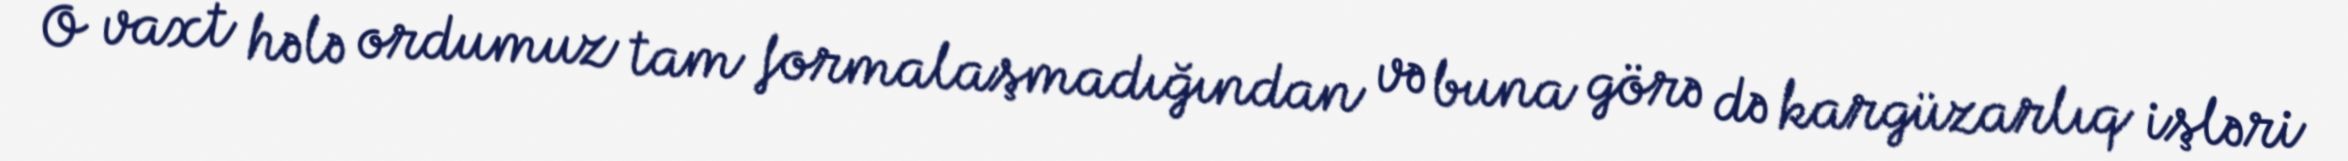
O vaxt hələ ordumuz tam formalaşmadığından və buna görə də kargüzarlıq işləri